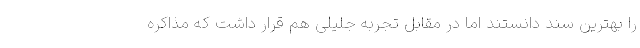
را بهترین سند دانستند اما در مقابل تجربه جلیلی هم قرار داشت که مذاکره